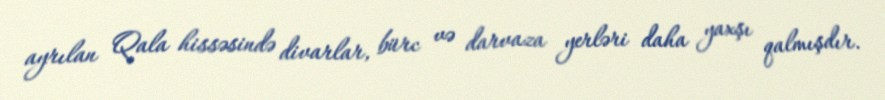
ayrılan Qala hissəsində divarlar, bürc və darvaza yerləri daha yaxşı qalmışdır.